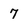
Character: 7